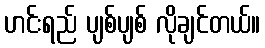
ဟင်းရည် ပျစ်ပျစ် လိုချင်တယ်။